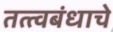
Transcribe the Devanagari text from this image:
तत्त्वबंधाचे